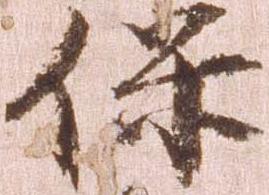
保